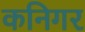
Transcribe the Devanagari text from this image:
कनिगर